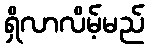
ရှိလာလိမ့်မည်